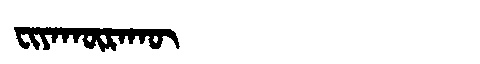
Manchu: ᠸᡳᠶᠠᡴᡡᡵᠠᡴᡡ
Romanization: FIYAKŪRAKŪ